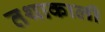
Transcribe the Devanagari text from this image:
तथाकाली